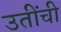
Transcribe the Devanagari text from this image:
उतींची